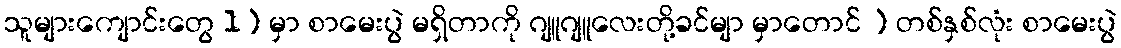
သူများကျောင်းတွေ 1) မှာ စာမေးပွဲ မရှိတာကို ဂျူဂျူလေးတို့ခင်မျာ မှာတောင် ) တစ်နှစ်လုံး စာမေးပွဲ